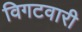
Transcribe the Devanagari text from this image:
विगटवारी